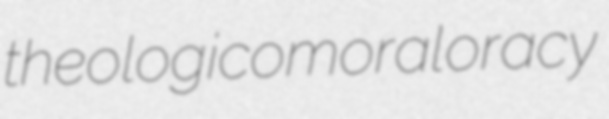
theologicomoral oracy